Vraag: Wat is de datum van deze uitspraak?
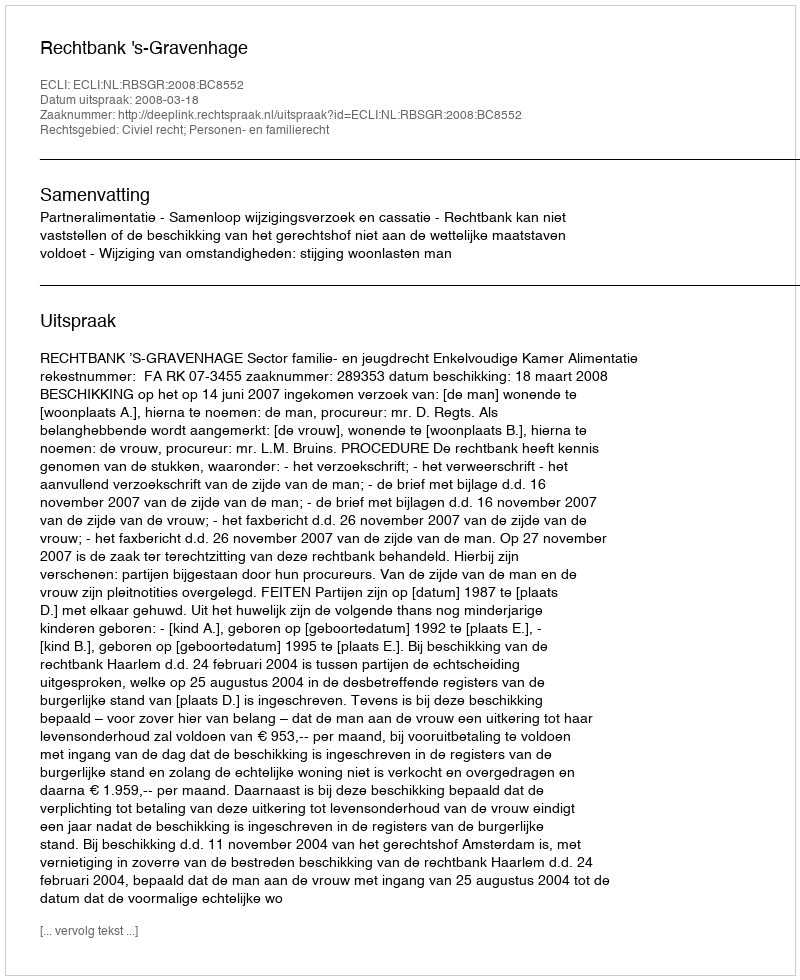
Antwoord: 2008-03-18